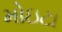
મોઇટા